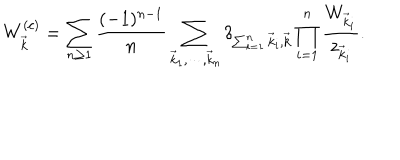
W _ { \vec { k } } ^ { ( c ) } = \sum _ { n \ge 1 } { \frac { ( - 1 ) ^ { n - 1 } } { n } } \sum _ { \vec { k } _ { 1 } , \cdots , \vec { k } _ { n } } \delta _ { \sum _ { i = 1 } ^ { n } \vec { k } _ { i } , \vec { k } } \prod _ { i = 1 } ^ { n } { \frac { W _ { \vec { k } _ { i } } } { z _ { \vec { k } _ { i } } } } .